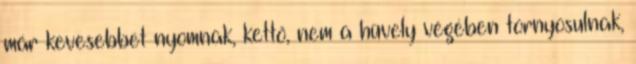
már kevesebbet nyomnak, kettő, nem a hüvely végében tornyosulnak,